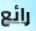
رائع